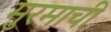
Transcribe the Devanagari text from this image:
मुरमाची